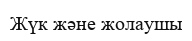
Жүк және жолаушы